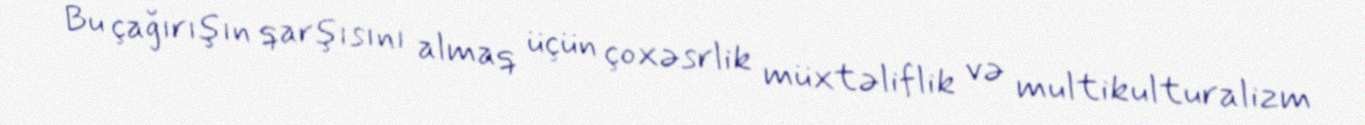
Bu çağırışın qarşısını almaq üçün çoxəsrlik müxtəliflik və multikulturalizm